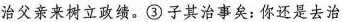
治父亲来树立政绩。③子其治事矣：你还是去治